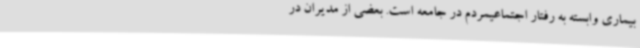
بیماری وابسته به رفتار اجتماعیمردم در جامعه است. بعضی از مدیران در